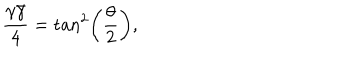
\frac { \gamma \bar { \gamma } } { 4 } = \tan ^ { 2 } \left( \frac { \theta } { 2 } \right) ,